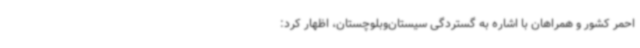
احمر کشور و همراهان با اشاره به گستردگی سیستان‌وبلوچستان، اظهار کرد: